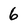
Character: 6